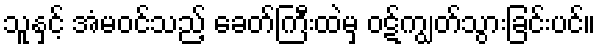
သူနှင့် အံမဝင်သည့် ခေတ်ကြီးထဲမှ ဝဋ်ကျွတ်သွားခြင်းပင်။